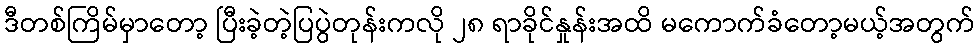
ဒီတစ်ကြိမ်မှာတော့ ပြီးခဲ့တဲ့ပြပွဲတုန်းကလို ၂၈ ရာခိုင်နှုန်းအထိ မကောက်ခံတော့မယ့်အတွက်